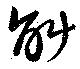
斛